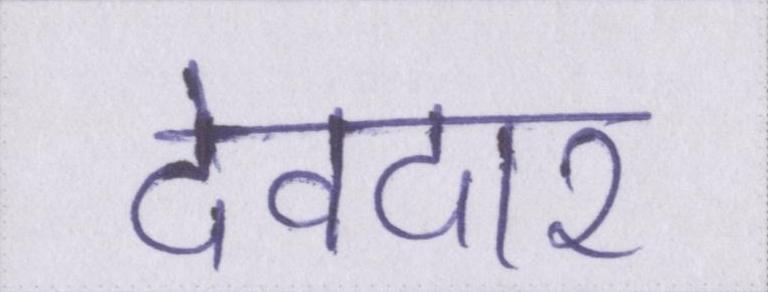
देवदार